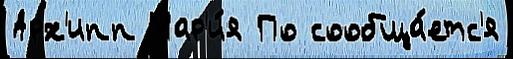
Арх'ипп Мар'и́я По сообща́етс'я